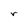
Character: r